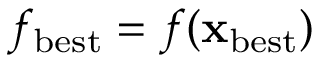
f _ { \mathrm { b e s t } } = f ( \ensuremath { \mathbf { x } } _ { \mathrm { b e s t } } )